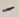
Text: -